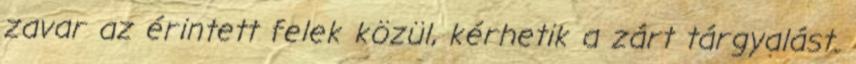
zavar az érintett felek közül, kérhetik a zárt tárgyalást.